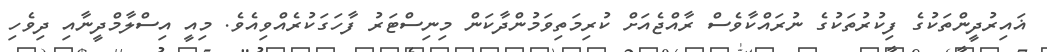
ޣައިރުދީންތަކުގެ ފިކުރުތަކުގެ ނުރައްކާވެސް ރާއްޖެއަށް ކުރިމަތިވަމުންދާކަން މިނިސްޓަރު ފާހަގަކުރެއްވިއެވެ. މިއީ އިސްލާމްދީނާއި ދިވެހި